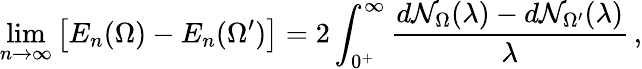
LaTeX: \operatorname*{lim}_{n\to\infty}\left[E_{n}(\Omega)-E_{n}(\Omega^{\prime})\right]=2\int_{0^{+}}^{\infty}\frac{d\mathcal{N}_{\Omega}(\lambda)-d\mathcal{N}_{\Omega^{\prime}}(\lambda)}{\lambda}\, ,